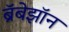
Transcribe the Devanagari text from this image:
ब्रॅबेझॉन